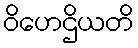
ဝိဟေဌိယတိ